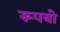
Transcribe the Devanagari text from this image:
रूपयो